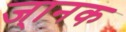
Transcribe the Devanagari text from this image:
ज्ानक